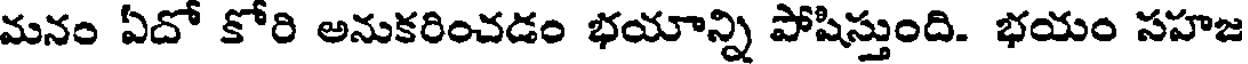
మనం ఏదో కోరి అనుకరించడం భయాన్ని పోషిస్తుంది. భయం సహజ